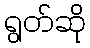
ရွတ်ဆို